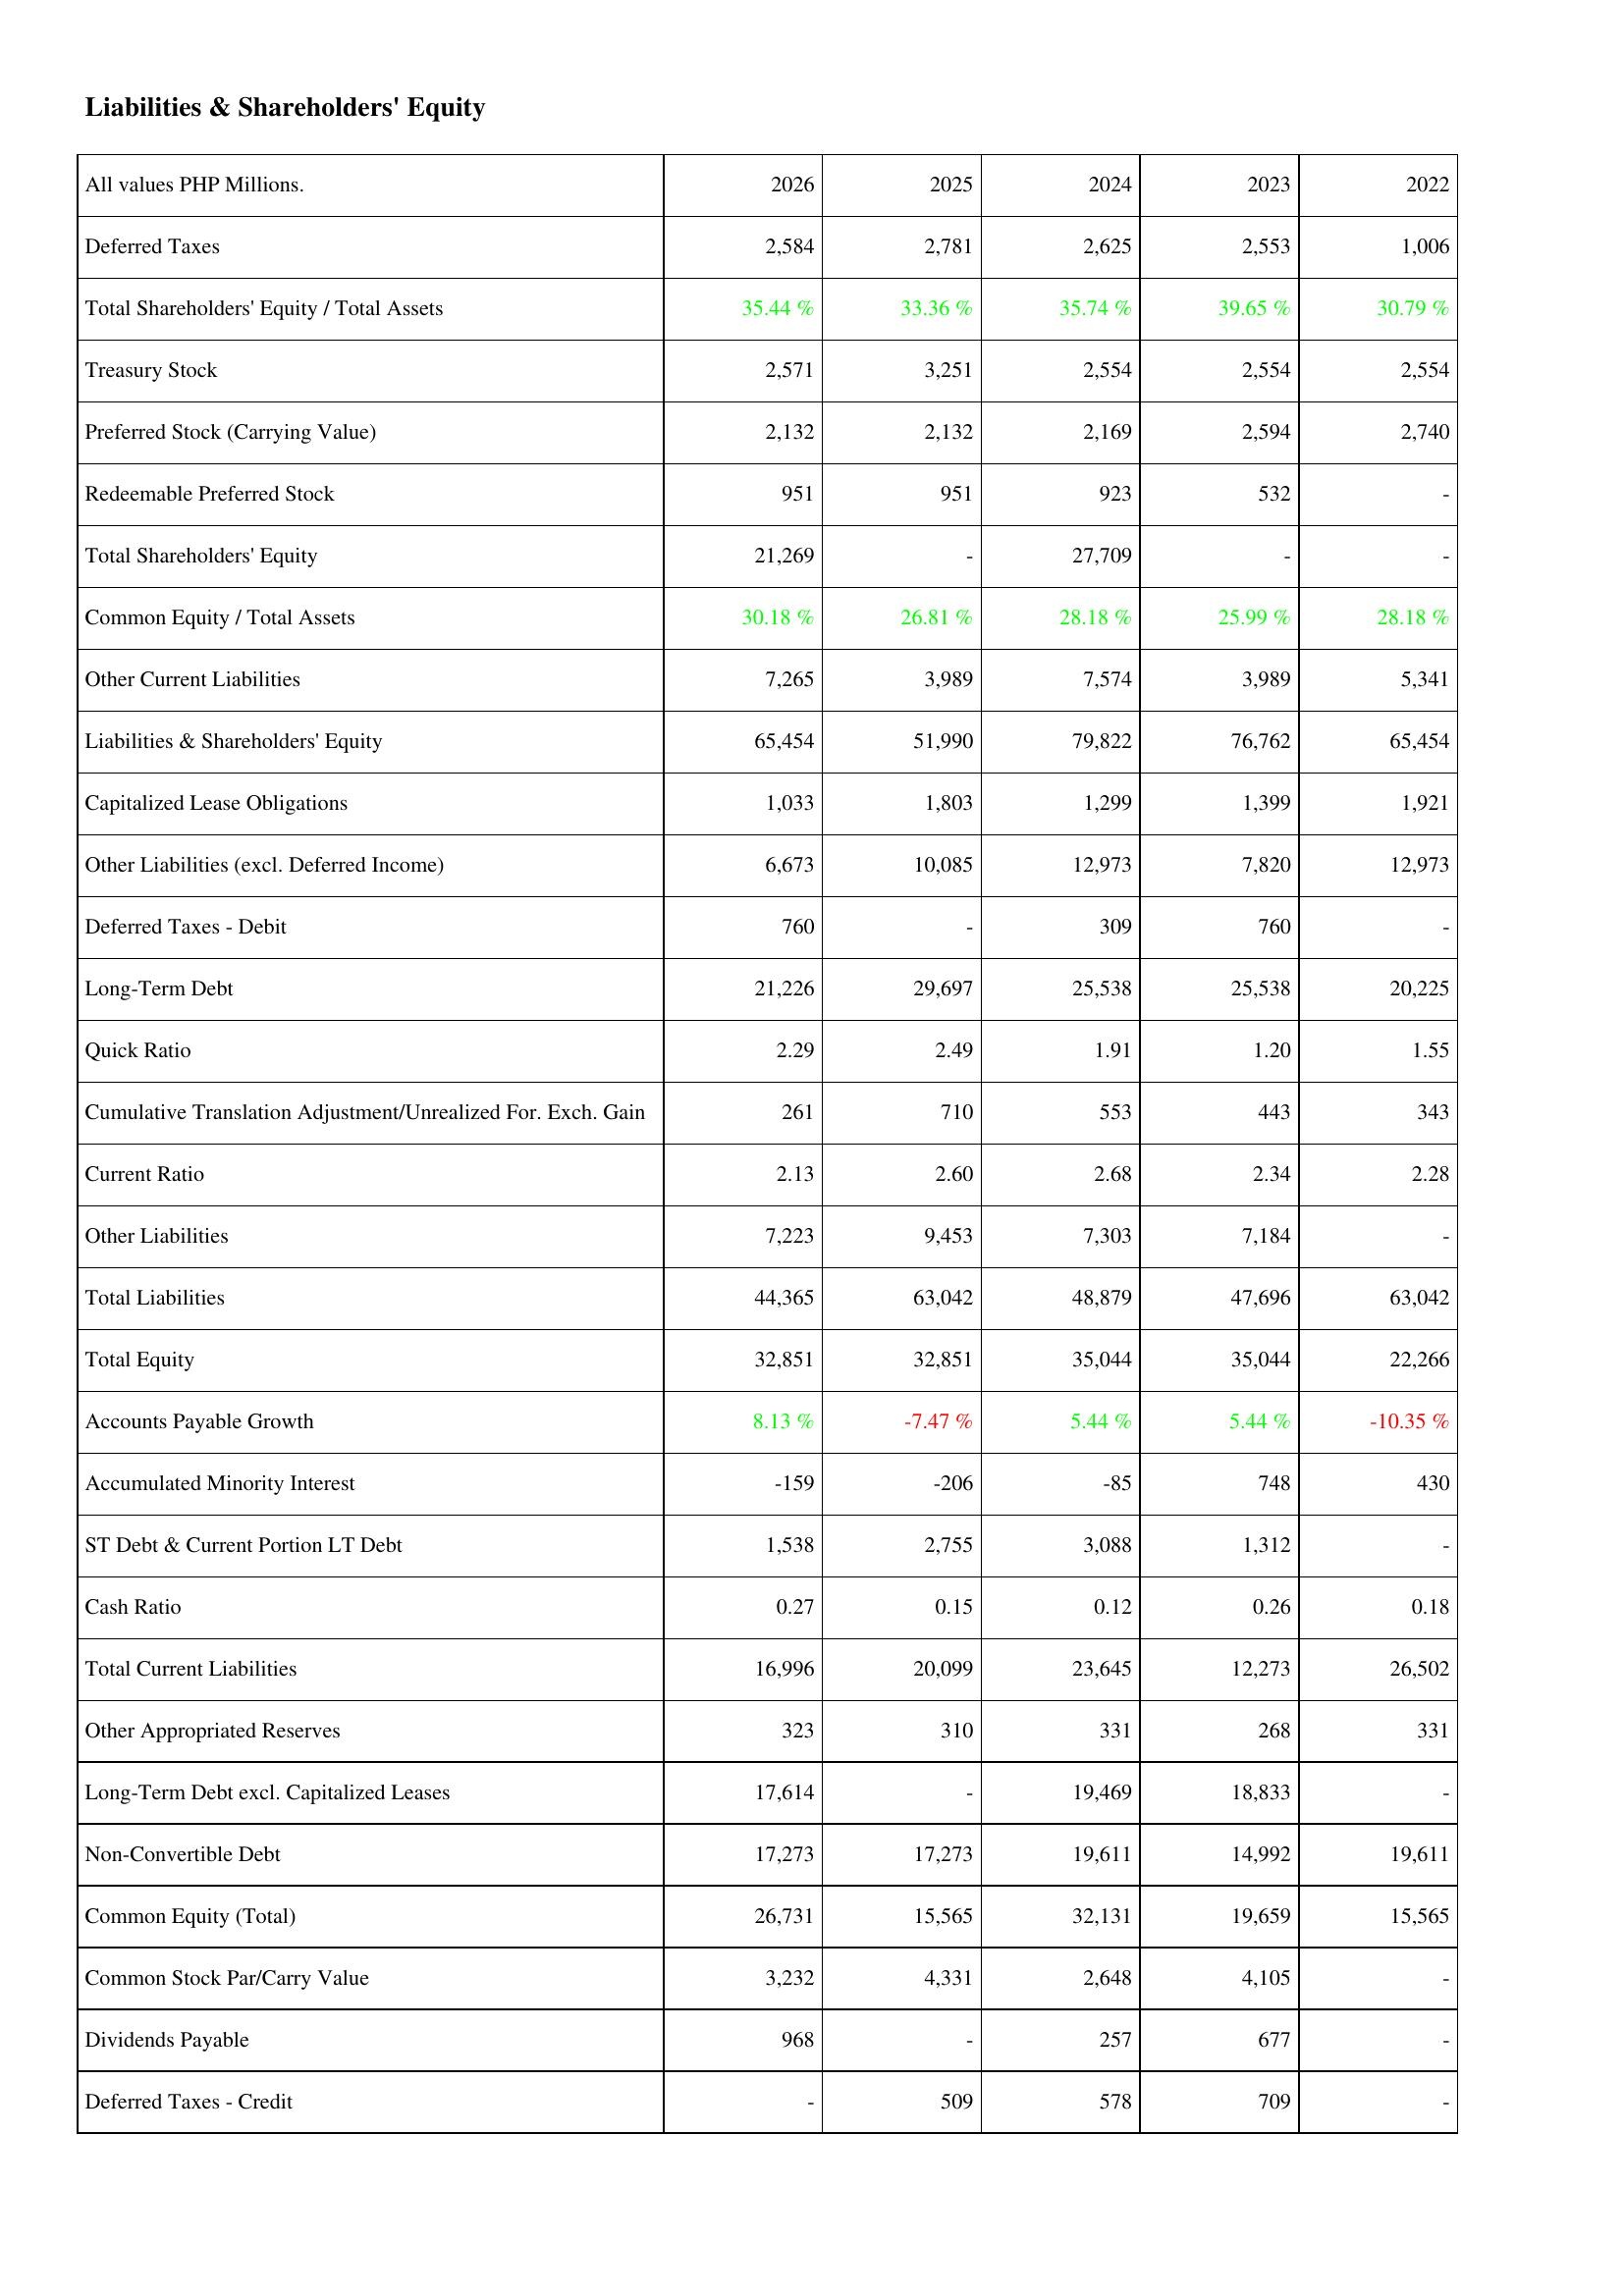
2026: Liabilities & Shareholders' Equity: Deferred Taxes: 2,584
Total Shareholders' Equity / Total Assets: 35.44 %
Treasury Stock: 2,571
Preferred Stock (Carrying Value): 2,132
Redeemable Preferred Stock: 951
Total Shareholders' Equity: 21,269
Common Equity / Total Assets: 30.18 %
Other Current Liabilities: 7,265
Liabilities & Shareholders' Equity: 65,454
Capitalized Lease Obligations: 1,033
Other Liabilities (excl. Deferred Income): 6,673
Deferred Taxes - Debit: 760
Long-Term Debt: 21,226
Quick Ratio: 2.29
Cumulative Translation Adjustment/Unrealized For. Exch. Gain: 261
Current Ratio: 2.13
Other Liabilities: 7,223
Total Liabilities: 44,365
Total Equity: 32,851
Accounts Payable Growth: 8.13 %
Accumulated Minority Interest: -159
ST Debt & Current Portion LT Debt: 1,538
Cash Ratio: 0.27
Total Current Liabilities: 16,996
Other Appropriated Reserves: 323
Long-Term Debt excl. Capitalized Leases: 17,614
Non-Convertible Debt: 17,273
Common Equity (Total): 26,731
Common Stock Par/Carry Value: 3,232
Dividends Payable: 968
Deferred Taxes - Credit: -
2025: Liabilities & Shareholders' Equity: Deferred Taxes: 2,781
Total Shareholders' Equity / Total Assets: 33.36 %
Treasury Stock: 3,251
Preferred Stock (Carrying Value): 2,132
Redeemable Preferred Stock: 951
Total Shareholders' Equity: -
Common Equity / Total Assets: 26.81 %
Other Current Liabilities: 3,989
Liabilities & Shareholders' Equity: 51,990
Capitalized Lease Obligations: 1,803
Other Liabilities (excl. Deferred Income): 10,085
Deferred Taxes - Debit: -
Long-Term Debt: 29,697
Quick Ratio: 2.49
Cumulative Translation Adjustment/Unrealized For. Exch. Gain: 710
Current Ratio: 2.60
Other Liabilities: 9,453
Total Liabilities: 63,042
Total Equity: 32,851
Accounts Payable Growth: -7.47 %
Accumulated Minority Interest: -206
ST Debt & Current Portion LT Debt: 2,755
Cash Ratio: 0.15
Total Current Liabilities: 20,099
Other Appropriated Reserves: 310
Long-Term Debt excl. Capitalized Leases: -
Non-Convertible Debt: 17,273
Common Equity (Total): 15,565
Common Stock Par/Carry Value: 4,331
Dividends Payable: -
Deferred Taxes - Credit: 509
2024: Liabilities & Shareholders' Equity: Deferred Taxes: 2,625
Total Shareholders' Equity / Total Assets: 35.74 %
Treasury Stock: 2,554
Preferred Stock (Carrying Value): 2,169
Redeemable Preferred Stock: 923
Total Shareholders' Equity: 27,709
Common Equity / Total Assets: 28.18 %
Other Current Liabilities: 7,574
Liabilities & Shareholders' Equity: 79,822
Capitalized Lease Obligations: 1,299
Other Liabilities (excl. Deferred Income): 12,973
Deferred Taxes - Debit: 309
Long-Term Debt: 25,538
Quick Ratio: 1.91
Cumulative Translation Adjustment/Unrealized For. Exch. Gain: 553
Current Ratio: 2.68
Other Liabilities: 7,303
Total Liabilities: 48,879
Total Equity: 35,044
Accounts Payable Growth: 5.44 %
Accumulated Minority Interest: -85
ST Debt & Current Portion LT Debt: 3,088
Cash Ratio: 0.12
Total Current Liabilities: 23,645
Other Appropriated Reserves: 331
Long-Term Debt excl. Capitalized Leases: 19,469
Non-Convertible Debt: 19,611
Common Equity (Total): 32,131
Common Stock Par/Carry Value: 2,648
Dividends Payable: 257
Deferred Taxes - Credit: 578
2023: Liabilities & Shareholders' Equity: Deferred Taxes: 2,553
Total Shareholders' Equity / Total Assets: 39.65 %
Treasury Stock: 2,554
Preferred Stock (Carrying Value): 2,594
Redeemable Preferred Stock: 532
Total Shareholders' Equity: -
Common Equity / Total Assets: 25.99 %
Other Current Liabilities: 3,989
Liabilities & Shareholders' Equity: 76,762
Capitalized Lease Obligations: 1,399
Other Liabilities (excl. Deferred Income): 7,820
Deferred Taxes - Debit: 760
Long-Term Debt: 25,538
Quick Ratio: 1.20
Cumulative Translation Adjustment/Unrealized For. Exch. Gain: 443
Current Ratio: 2.34
Other Liabilities: 7,184
Total Liabilities: 47,696
Total Equity: 35,044
Accounts Payable Growth: 5.44 %
Accumulated Minority Interest: 748
ST Debt & Current Portion LT Debt: 1,312
Cash Ratio: 0.26
Total Current Liabilities: 12,273
Other Appropriated Reserves: 268
Long-Term Debt excl. Capitalized Leases: 18,833
Non-Convertible Debt: 14,992
Common Equity (Total): 19,659
Common Stock Par/Carry Value: 4,105
Dividends Payable: 677
Deferred Taxes - Credit: 709
2022: Liabilities & Shareholders' Equity: Deferred Taxes: 1,006
Total Shareholders' Equity / Total Assets: 30.79 %
Treasury Stock: 2,554
Preferred Stock (Carrying Value): 2,740
Redeemable Preferred Stock: -
Total Shareholders' Equity: -
Common Equity / Total Assets: 28.18 %
Other Current Liabilities: 5,341
Liabilities & Shareholders' Equity: 65,454
Capitalized Lease Obligations: 1,921
Other Liabilities (excl. Deferred Income): 12,973
Deferred Taxes - Debit: -
Long-Term Debt: 20,225
Quick Ratio: 1.55
Cumulative Translation Adjustment/Unrealized For. Exch. Gain: 343
Current Ratio: 2.28
Other Liabilities: -
Total Liabilities: 63,042
Total Equity: 22,266
Accounts Payable Growth: -10.35 %
Accumulated Minority Interest: 430
ST Debt & Current Portion LT Debt: -
Cash Ratio: 0.18
Total Current Liabilities: 26,502
Other Appropriated Reserves: 331
Long-Term Debt excl. Capitalized Leases: -
Non-Convertible Debt: 19,611
Common Equity (Total): 15,565
Common Stock Par/Carry Value: -
Dividends Payable: -
Deferred Taxes - Credit: -